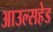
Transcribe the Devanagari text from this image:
आउल्सहेड